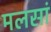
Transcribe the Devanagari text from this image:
मलसां